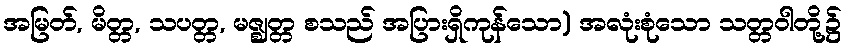
အမြတ်, မိတ္တ, သပတ္တ, မဇ္ဈတ္တ စသည် အပြားရှိကုန်သော) အလုံးစုံသော သတ္တဝါတို့၌